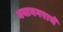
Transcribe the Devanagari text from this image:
नवानगराचे